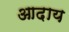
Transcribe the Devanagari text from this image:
आदाय